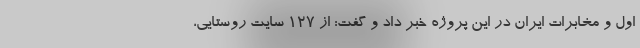
اول و مخابرات ایران در این پروژه خبر داد و گفت: از ١٢٧ سایت روستایی،